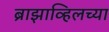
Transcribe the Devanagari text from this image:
ब्राझाव्हिलच्या